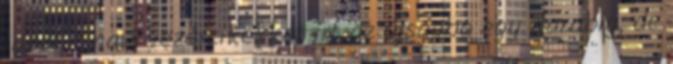
lapot. Shaw vezércikekket írt az újságba egy darabig, de